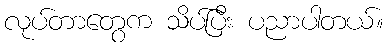
လုပ်တာတွေက သိပ်ပြီး ပညာပါတယ်။